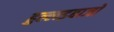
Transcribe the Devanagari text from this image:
हुल्लड़बाजों